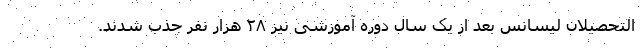
التحصیلان لیسانس بعد از یک سال دوره آموزشی نیز ۲۸ هزار نفر جذب شدند.